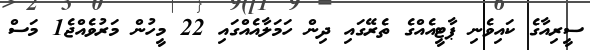
ސީރިއާގެ ކައިވެނި ޕާޓީއެއްގެ ތެރޭގައި ދިން ހަމަލާއެއްގައި 22 މީހުން މަރުވެއްޖެ1 މަސް